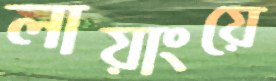
লায়াংয়ে